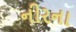
નીરના